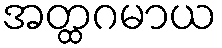
အတ္ထဂမာယ